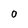
Character: O